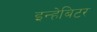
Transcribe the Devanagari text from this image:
इन्हेबिटर